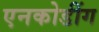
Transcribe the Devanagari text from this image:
एनकोडींग